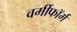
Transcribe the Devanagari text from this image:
वर्मीफॉर्म